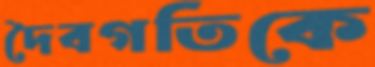
দৈবগতিকে